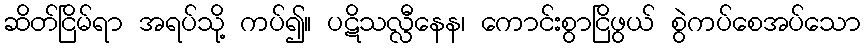
ဆိတ်ငြိမ်ရာ အရပ်သို့ ကပ်၍။ ပဋိသလ္လီနေန၊ ကောင်းစွာငြိဖွယ် စွဲကပ်စေအပ်သော